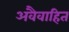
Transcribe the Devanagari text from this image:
अवैवाहित